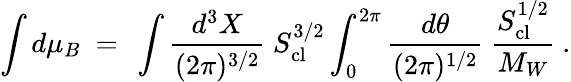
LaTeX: \int d\mu_{B}\ =\ \int{\frac{d^{3}X}{(2\pi)^{3/2}}}\ S_{\mathrm{cl}}^{3/2}\int_{0}^{2\pi}{\frac{d\theta}{(2\pi)^{1/2}}}\ {\frac{S_{\mathrm{cl}}^{1/2}}{M_{W}}}\ .